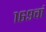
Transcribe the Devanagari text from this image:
१६९वां